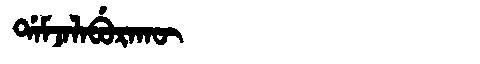
Manchu: ᡩᠠᠮᠵᠠᠯᠠᠪᡠᡵᠠᡴᡡ
Romanization: DAMJALABURAKŪ